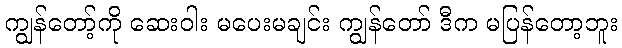
ကျွန်တော့်ကို ဆေးဝါး မပေးမချင်း ကျွန်တော် ဒီက မပြန်တော့ဘူး